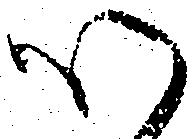
心